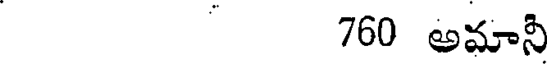
760 అమాని